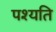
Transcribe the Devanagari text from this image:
पश्यति